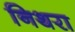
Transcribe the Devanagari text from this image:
निथरा